Lunatic asylums Punjab 1868-1880 - 1868-1880
Year: 1868
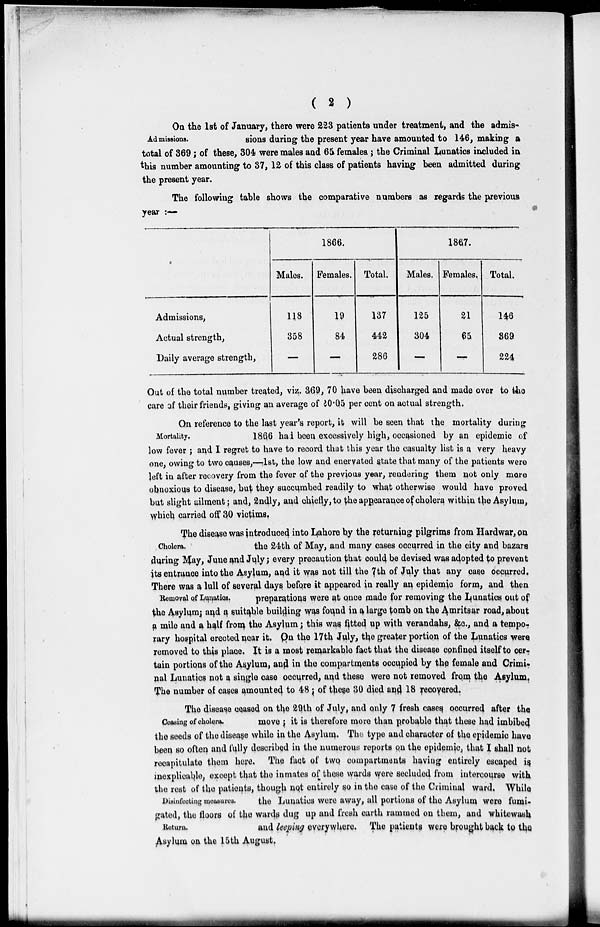
( 2 )
Admissions.
On the 1st of January, there were 223 patients under treatment, and the admis-
sions during the present year have amounted to 146, making a
total of 369 ; of these, 304 were males and 65 females ; the Criminal Lunatics included in
this number amounting to 37, 12 of this class of patients having been admitted during
the present year.
The following table shows the comparative numbers as regards the previous
year : —
Admissions,
Actual strength,
Daily average strength,
1866.
Males.
118
358
—
Females.
19
84
—
Total.
137
442
286
1867.
Males.
125
304
—
Females.
21
65
—
Total.
146
369
224
Out of the total number treated, viz. 369, 70 have been discharged and made over to the
care of their friends, giving an average of 20.05 per cent on actual strength.
Mortality.
On reference to the last year's report, it will be seen that the mortality during
1866 had been excessively high, occasioned by an epidemic of
low fever ; and I regret to have to record that this year the casualty list is a very heavy
one, owing to two causes,—1st, the low and enervated state that many of the patients were
left in after recovery from the fever of the previous year, rendering them not only more
obnoxious to disease, but they succumbed readily to what otherwise would have proved
but slight ailment ; and, 2ndly, and chiefly, to the appearance of cholera within the Asylum,
which carried off 30 victims.
Cholera.
The disease was introduced into Lahore by the Returning pilgrims from Hardwar, on
the 24th of May, and many cases occurred in the city and bazars
during May, June and July; every precaution that could be devised was adopted to prevent
its entrance into the Asylum, and it was not till the 7th of July that any case occurred.
Removal of Lunatics.
There was a lull of several days before it appeared in really an epidemic form, and then
preparations were at once made for removing the Lunatics out of
the Asylum; and a suitable building was found in a large tomb on the Amritsar road, about
a mile and a half from the Asylum ; this was fitted up with verandahs, &c., and a tempo-
rary hospital erected near it. On the 17th July, the greater portion, of the Lunatics were
removed to this place. It is a most remarkable fact that the disease confined itself to cer-
tain portions of the Asylum, and in the compartments occupied by the female and Crimi-
nal Lunatics not a single case occurred, and these were not removed from the Asylum.
The number of cases amounted to 48 ; of these 30 died and 18 recovered.
Ceasing of cholera.
Disinfecting measures.
Return.
The disease ceased on the 29th of July, and only 7 fresh cases occurred after the
move ; it is therefore more than probable that these had imbibed
the seeds of the disease while in the Asylum. The type and character of the epidemic have
been so often and fully described in the numerous reports on the epidemic that I shall not
recapitulate them here. The fact of two compartments having entirely escaped is
inexplicable, except that the inmates of these wards were secluded from intercourse with
the rest of the patients, though not entirely so in the case of the Criminal ward. While
the Lunatics were away, all portions of the Asylum were fumi-
gated, the floors of the wards dug up and fresh earth rammed on them, and whitewash
and leeping everywhere. The patients were brought back to the
Asylum on the 15th August.